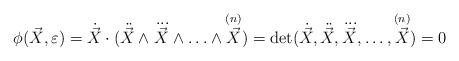
LaTeX: \begin{align*} \phi ( {\vec {X}, \varepsilon} ) = \dot { \vec{X} } \cdot ( {\ddot {\vec {X}} \wedge \dddot{\vec {X}}\wedge \ldots\wedge \mathop {\vec {X}}\limits^{\left( n \right)} } ) = \det( {\dot {\vec {X}},\ddot {\vec {X}}, \dddot{\vec {X}},\ldots ,\mathop{\vec {X}}\limits^{\left( n \right)} } ) = 0\end{align*}